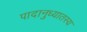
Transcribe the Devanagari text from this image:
पादानुध्यातस्य